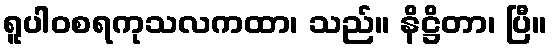
ရူပါဝစရကုသလကထာ၊ သည်။ နိဋ္ဌိတာ၊ ပြီ။